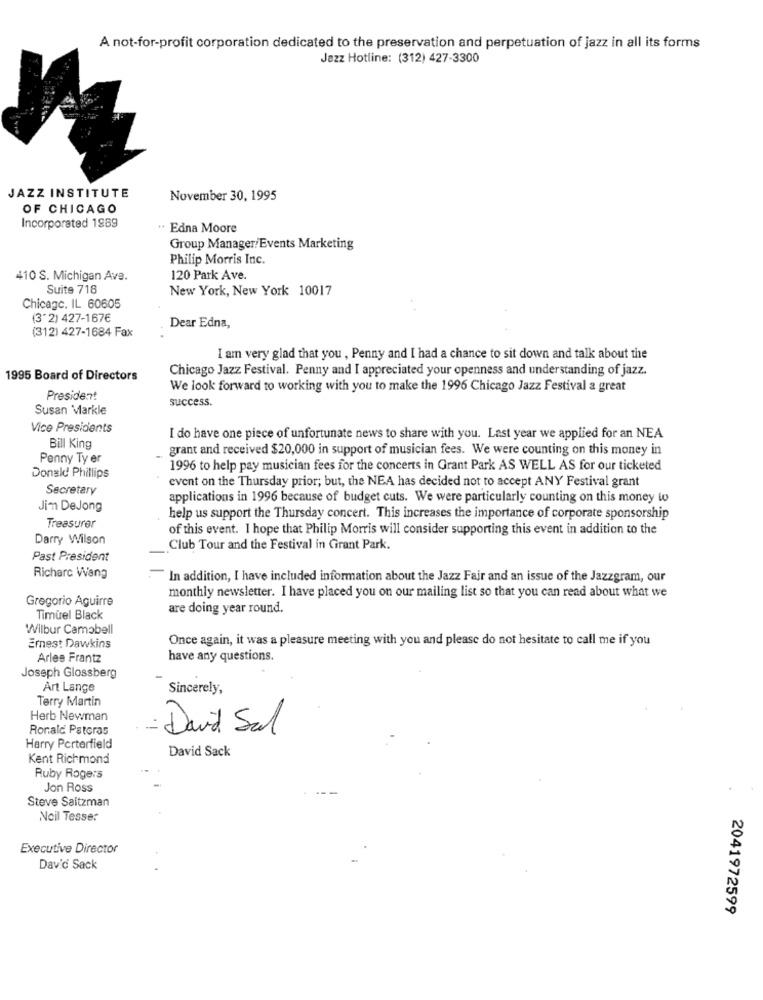
A not-for-profit corporation dedicated to the preservation and perpetuation of jazz in all its forms
Jezz Hotline: (312) 427-3300
JAZZ INSTITUTE
November 30, 1995
OF CHICAGO
Incorporated 1969
.. Edna Moore
Group Manager/Events Marketing
Philip Morris Inc.
410 S. Michigan Ave.
120 Park Ave
Suite 718
New York, New York 10017
Chicago, IL 60605
(3" 2) 427-167€
(312) 427-1684 Fax
Dear Edna,
I am very glad that you , Penny and I had a chance to sit down and talk about the
Chicago Jazz Festival. Penny and I appreciated your openness and understanding of jazz.
1995 Board of Directors
We look forward to working with you to make the 1996 Chicago Jazz Festival a great
President
Susan Markle
success.
Vice Presidents
I do have one piece of unfortunate news to share with you. Last year we applied for an NEA
Bill King
grant and received $20,000 in support of musician fees. We were counting on this money in
Penny Ty er
1996 to help pay musician fees for the concerts in Grant Park AS WELL AS for our ticketed
Donald Phillips
Secretary
event on the Thursday prior; but, the NEA has decided not to accept ANY Festival grant
applications in 1996 because of budget cuts. We were particularly counting on this money to
Jim DeJong
help us support the Thursday concert. This increases the importance of corporate sponsorship
Treasurer
of this event. I hope that Philip Morris will consider supporting this event in addition to the
Darry Wilson
Club Tour and the Festival in Grant Park.
Past President
Richarc Wang
In addition, I have included information about the Jazz Fair and an issue of the Jazzgram, our
Gregorio Aguirre
monthly newsletter. I have placed you on our mailing list so that you can read about what we
are doing year round.
Timuel Black
Wilbur Camabell
Once again, it was a pleasure meeting with you and please do not hesitate to call me if you
Ernest Dawkins
Arles Frantz
have any questions.
Joseph Glossberg
Art Lange
Sincerely,
Terry Martin
Herb Newman
Ronald Pateras
- David Sal
Harry Porterfield
Kent Richmond
David Sack
Ruby Rogers
Jon Ross
Steve Saltzman
Noil Tesse:
Executive Director
David Sack
2041972599